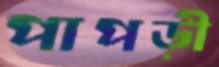
পাপড়ী